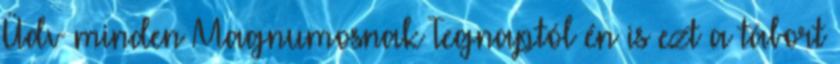
Üdv minden Magnumosnak Tegnaptól én is ezt a tábort